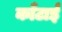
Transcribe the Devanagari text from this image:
काँटाई